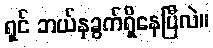
ရှင် ဘယ်နှခွက်ရှိနေပြီလဲ။